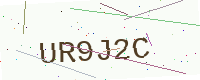
Text: UR9J2C